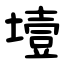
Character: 㙪